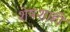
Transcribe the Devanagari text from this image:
शेषशाही